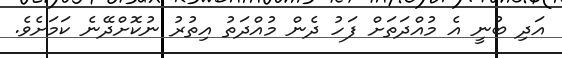
އަދި ބުނީ އެ މުއްދަތަށް ފަހު ދެން މުއްދަތު އިތުރު ނުކޮށްދޭނެ ކަމަށެވެ.